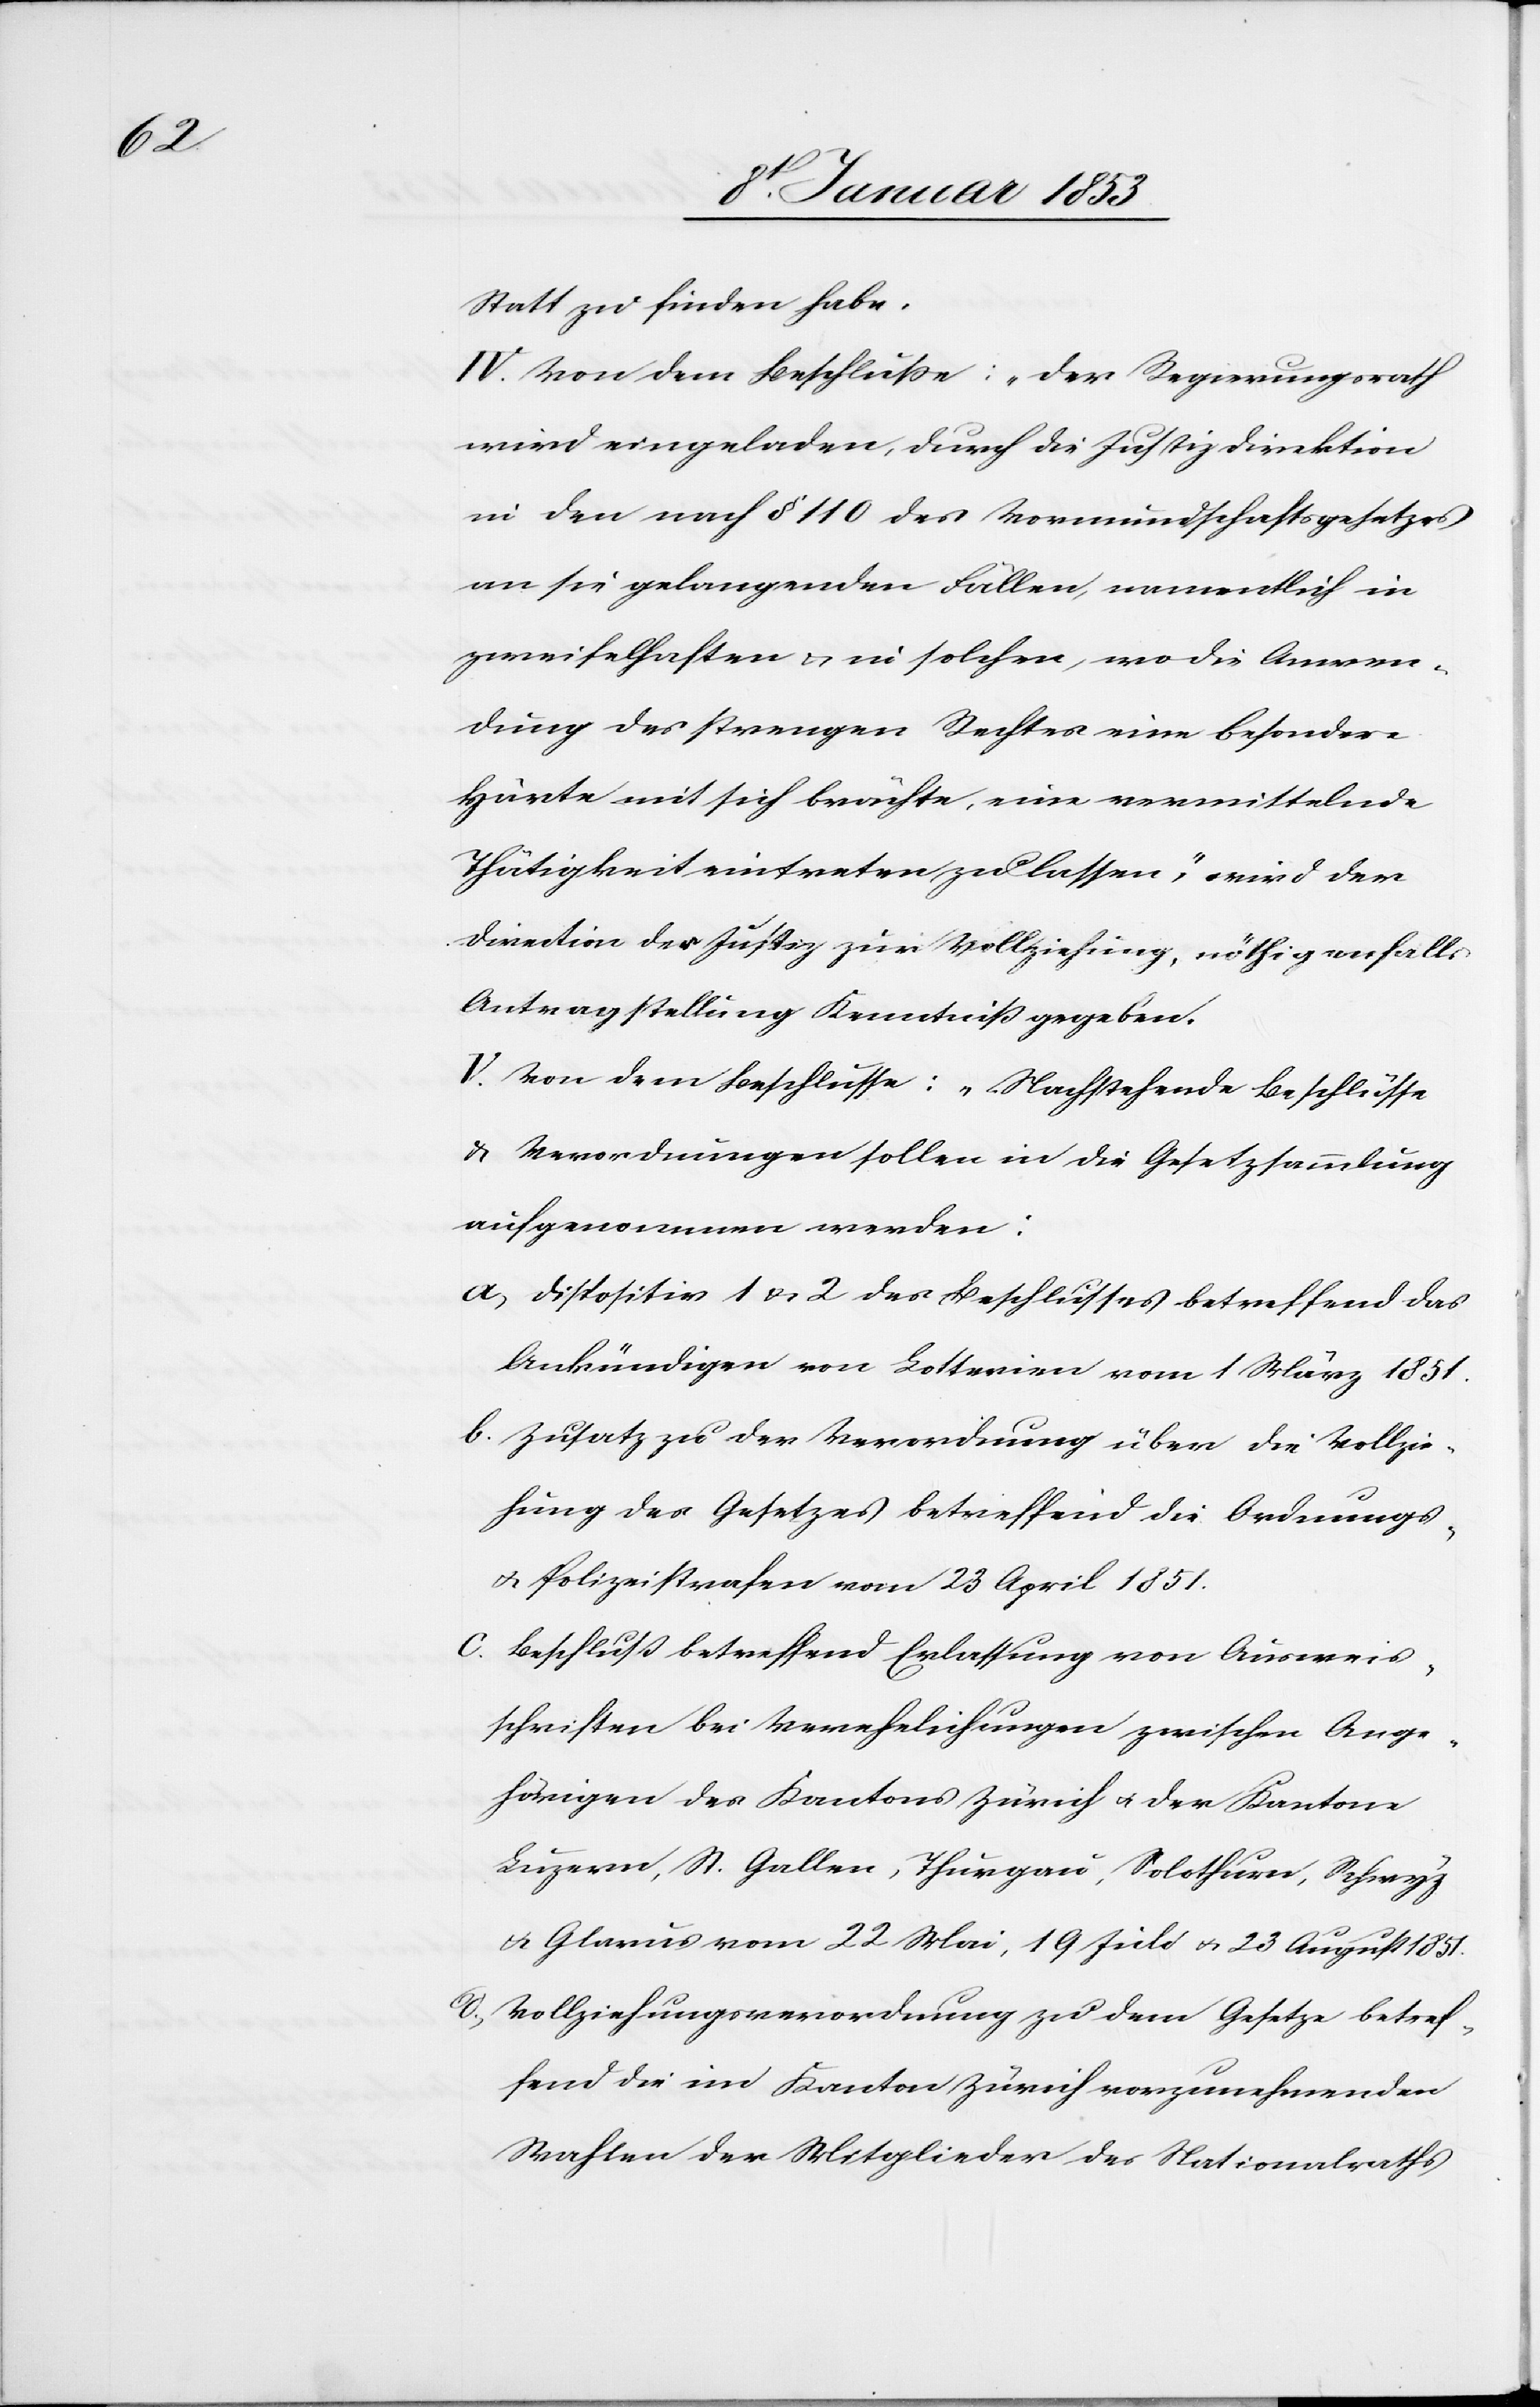
Statt zu finden habe.
IV. Von dem Beschluße: „der Regierungsrath
wird eingeladen, durch die Justizdirektion
in den nach §. 110 des Vormundschaftsgesetzes
an sie gelangenden Fällen, namentlich in
zweifelhaften u. in solchen, wo die Anwen¬
dung des strengen Rechtes eine besondere
Härte mit sich brächte, eine vermittelnde
Thätigkeit eintreten zu lassen“, wird der
Direktion der Justiz zur Vollziehung, nöthigenfalls
Antragstellung Kenntniß gegeben.
V. Von dem Beschlusse: „Nachstehende Beschlüsse
u. Verordnungen sollen in die Gesetzessammlung
aufgenommen werden:
a. Disposition 1. u. 2. des Beschlusses betreffend das
Ankündigen von Lotterien vom 1 März 1851.
b. Zusatz zu der Verordnung über die Vollzie¬
hung des Gesetzes betreffend die Ordnungs-
u. Polizeistrafen vom 23 April 1851.
c. Beschluss betreffend Erlassung von Ausweis¬
schriften bei Verehelichungen zwischen Ange¬
hörigen des Kantons Zürich u. der Kantone
Luzern, St. Gallen, Thurgau, Solothurn, Schwyz
u. Glarus vom 22. Mai, 19 Juli u. 23 August 1851.
d. Vollziehungsverordnung zu dem Gesetze betref¬
fend die im Kanton Zürich vorzunehmenden
Wahlen der Mitglieder des Nationalraths